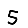
Digit: 5